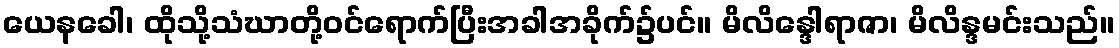
ယေနခေါ၊ ထိုသို့သံဃာတို့ဝင်ရောက်ပြီးအခါအခိုက်၌ပင်။ မိလိန္ဒေါရာဇာ၊ မိလိန္ဒမင်းသည်။